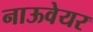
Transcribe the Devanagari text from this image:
नाऊवेयर